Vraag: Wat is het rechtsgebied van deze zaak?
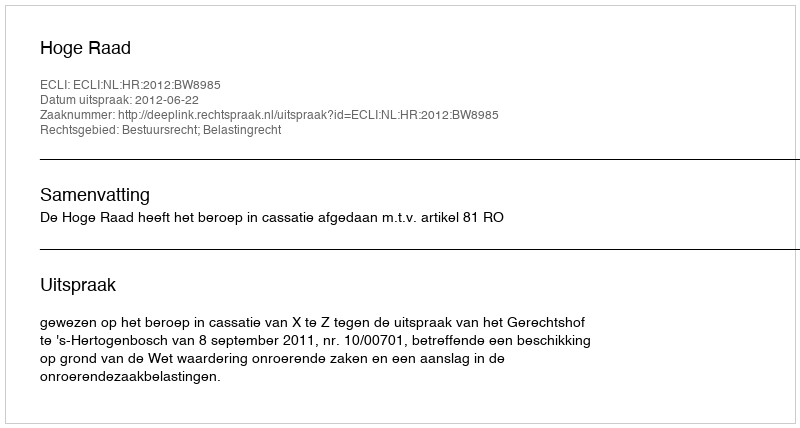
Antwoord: Bestuursrecht; Belastingrecht